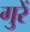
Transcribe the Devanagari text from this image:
गुरें